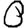
Digit: 0